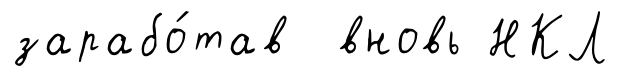
зарабо́тав вновь НКЛ